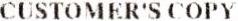
CUSTOMER'S COPY